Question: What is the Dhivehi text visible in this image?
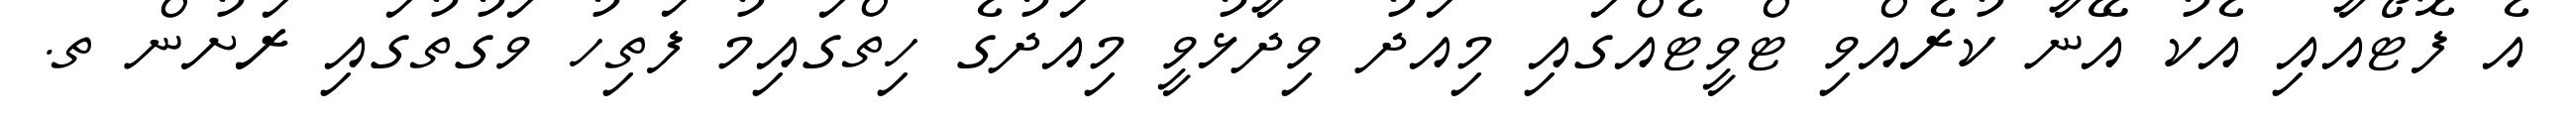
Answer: އެ ފޮޓޯއާއި އެކު އޭނާ ކުރެއްވި ޓްވީޓެއްގައި މިއަދު ވިދާޅުވީ މިއަދުގެ ހިތްގައިމު ފަތިހު ވަގުތުގައި ރަށުން ތ.